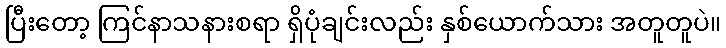
ပြီးတော့ ကြင်နာသနားစရာ ရှိပုံချင်းလည်း နှစ်ယောက်သား အတူတူပဲ။